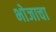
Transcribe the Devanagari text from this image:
भोजाचा